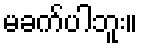
မခက်ပါဘူး။